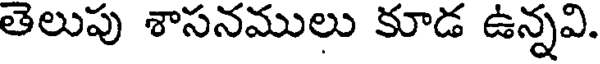
తెలుపు శాసనములు కూడ ఉన్నవి.